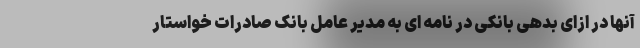
آنها در ازای بدهی بانکی در نامه ای به مدیر عامل بانک صادرات خواستار